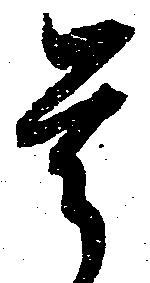
是